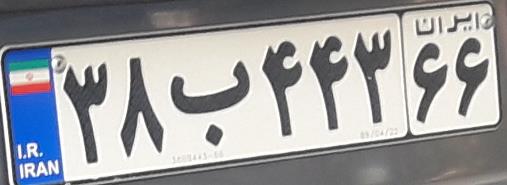
۳۸ب۴۴۳۶۶